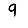
Digit: 9